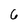
Character: 6